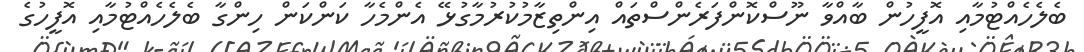
ބެލެހެއްޓުމާއި އޮފީހުން ބާއްވާ ނޫސްކޮންފަރެންސްތައް އިންތިޒާމުކުރުމާގުޅޭ އެންމެހާ ކަންކަން ހިންގާ ބެލެހެއްޓުމާއި އޮފީހުގެ